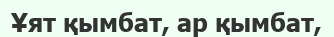
Ұят қымбат, ар қымбат,